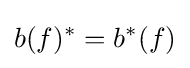
b(f)^{*}=b^{*}(f)